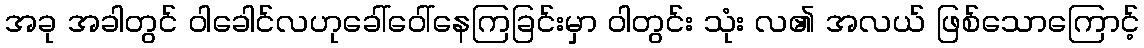
အခု အခါတွင် ဝါခေါင်လဟုခေါ်ဝေါ်နေကြခြင်းမှာ ဝါတွင်း သုံး လ၏ အလယ် ဖြစ်သောကြောင့်